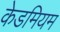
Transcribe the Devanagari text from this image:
केडमियम